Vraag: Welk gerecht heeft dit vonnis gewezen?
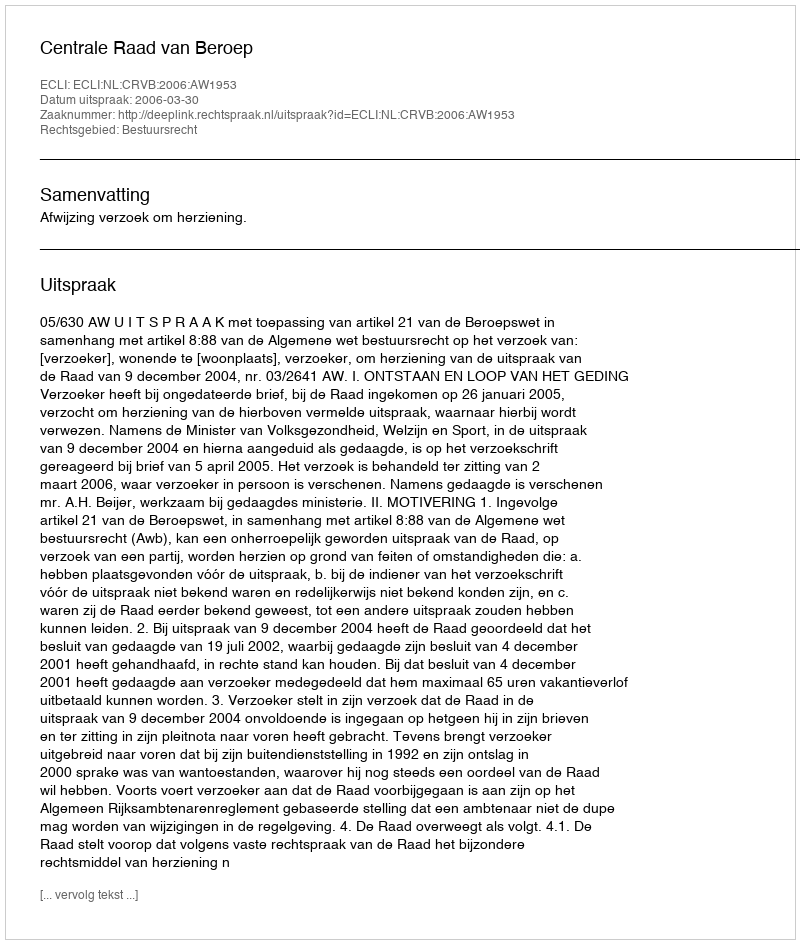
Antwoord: Centrale Raad van Beroep